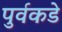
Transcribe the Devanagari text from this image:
पुर्वकडे